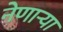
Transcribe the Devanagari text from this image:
नेणाऱ्या